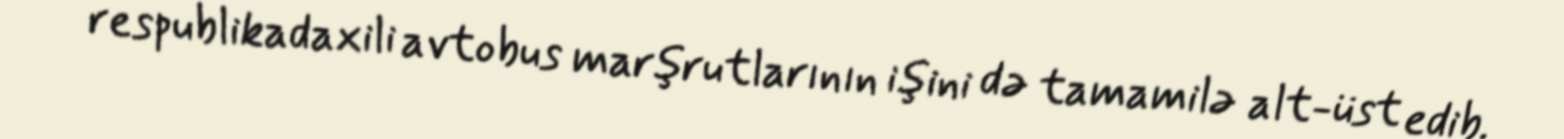
respublikadaxili avtobus marşrutlarının işini də tamamilə alt-üst edib.